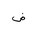
Letter: _dad